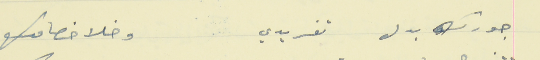
جورك بدل تغريدي                                     وخلا خصامك